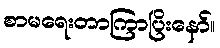
စာမရေးတာကြာပြိးနော်။